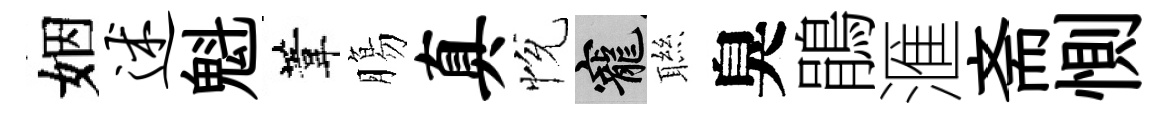
姻述魁葦膓真恱寵聮臭鵑滙斋惻